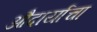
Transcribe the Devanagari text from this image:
औदार्याचा